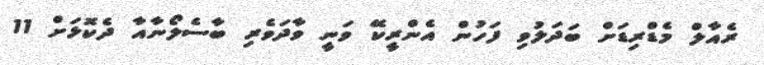
ރެއާލް މެޑްރިޑަށް ބަދަލުވި ފަހުން އެންރީކޭ ވަނީ ވާދަވެރި ބާސެލޯނާއާ ދެކޮޅަށް 11